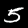
Digit: 5